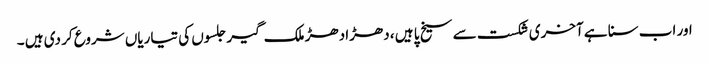
اور اب سنا ہے آخری شکست سے سیخ پا ہیں ، دھڑا دھڑ ملک گیر جلسوں کی تیاریاں شروع کر دی ہیں ۔